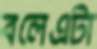
বলেএটা